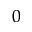
_ 0